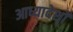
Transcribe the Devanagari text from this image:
आध्यादेशों